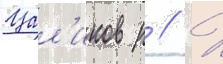
Цал'иков р // Х